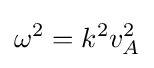
\omega ^{2}=k^{2}v_{A}^{2}